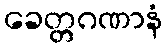
ခေတ္တဂဏာနံ